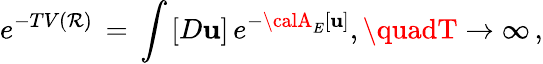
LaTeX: e^{-TV(\mathcal{R})}\, =\, \int_{}^{}[D{\mathbf{u}}]\, e^{-{\calA}_{E}[{\mathbf{u}}]},\quadT\to\infty\, {,}